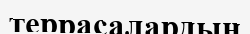
террасалардың